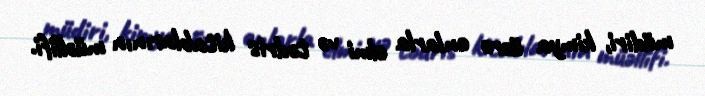
müdiri, kimya üzrə onlarla elmi və tədris kitablarının müəllifi.